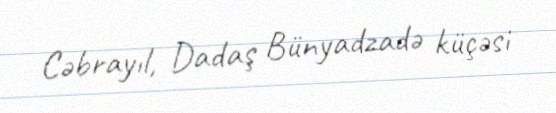
Cəbrayıl, Dadaş Bünyadzadə küçəsi